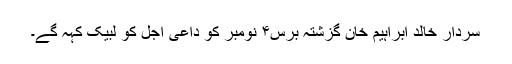
سردار خالد ابراہیم خان گزشتہ برس۴ نومبر کو داعی اجل کو لبیک کہہ گے۔